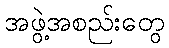
အဖွဲ့အစည်းတွေ